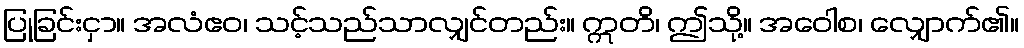
ပြုခြင်းငှာ။ အလံဧဝ၊ သင့်သည်သာလျှင်တည်း။ ဣတိ၊ ဤသို့။ အဝေါစ၊ လျှောက်၏။